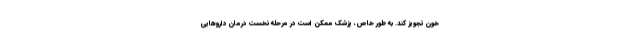
خون تجویز کند. به طور خاص، پزشک ممکن است در مرحله نخست درمان داروهایی